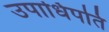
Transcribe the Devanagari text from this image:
उपाधिपति